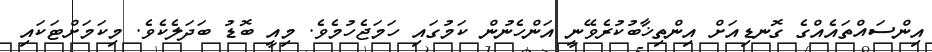
އިންސައްތައެއްގެ ގޮނޑިއަށް އިންތިޚާބުކުރެވޭނީ އަންހެނުން ކަމުގައި ހަމަޖެހުމެވެ. މިއީ ބޮޑު ބަދަލެކެވެ. މިކަމަށްޓަކައި